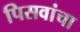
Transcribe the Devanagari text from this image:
पिसवांचा